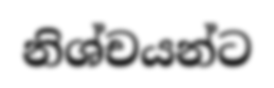
නිශ්චයන්ට